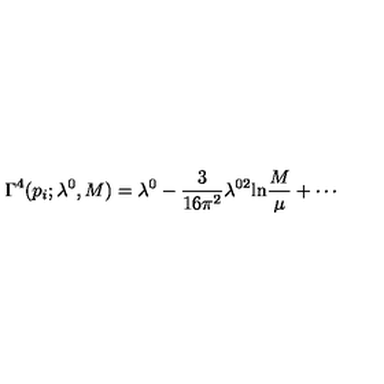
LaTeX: \Gamma ^ { 4 } ( p _ { i } ; \lambda ^ { 0 } , M ) = \lambda ^ { 0 } - \frac { 3 } { 1 6 \pi ^ { 2 } } \lambda ^ { 0 2 } \mathrm { l n } \frac { M } { \mu } + \cdots